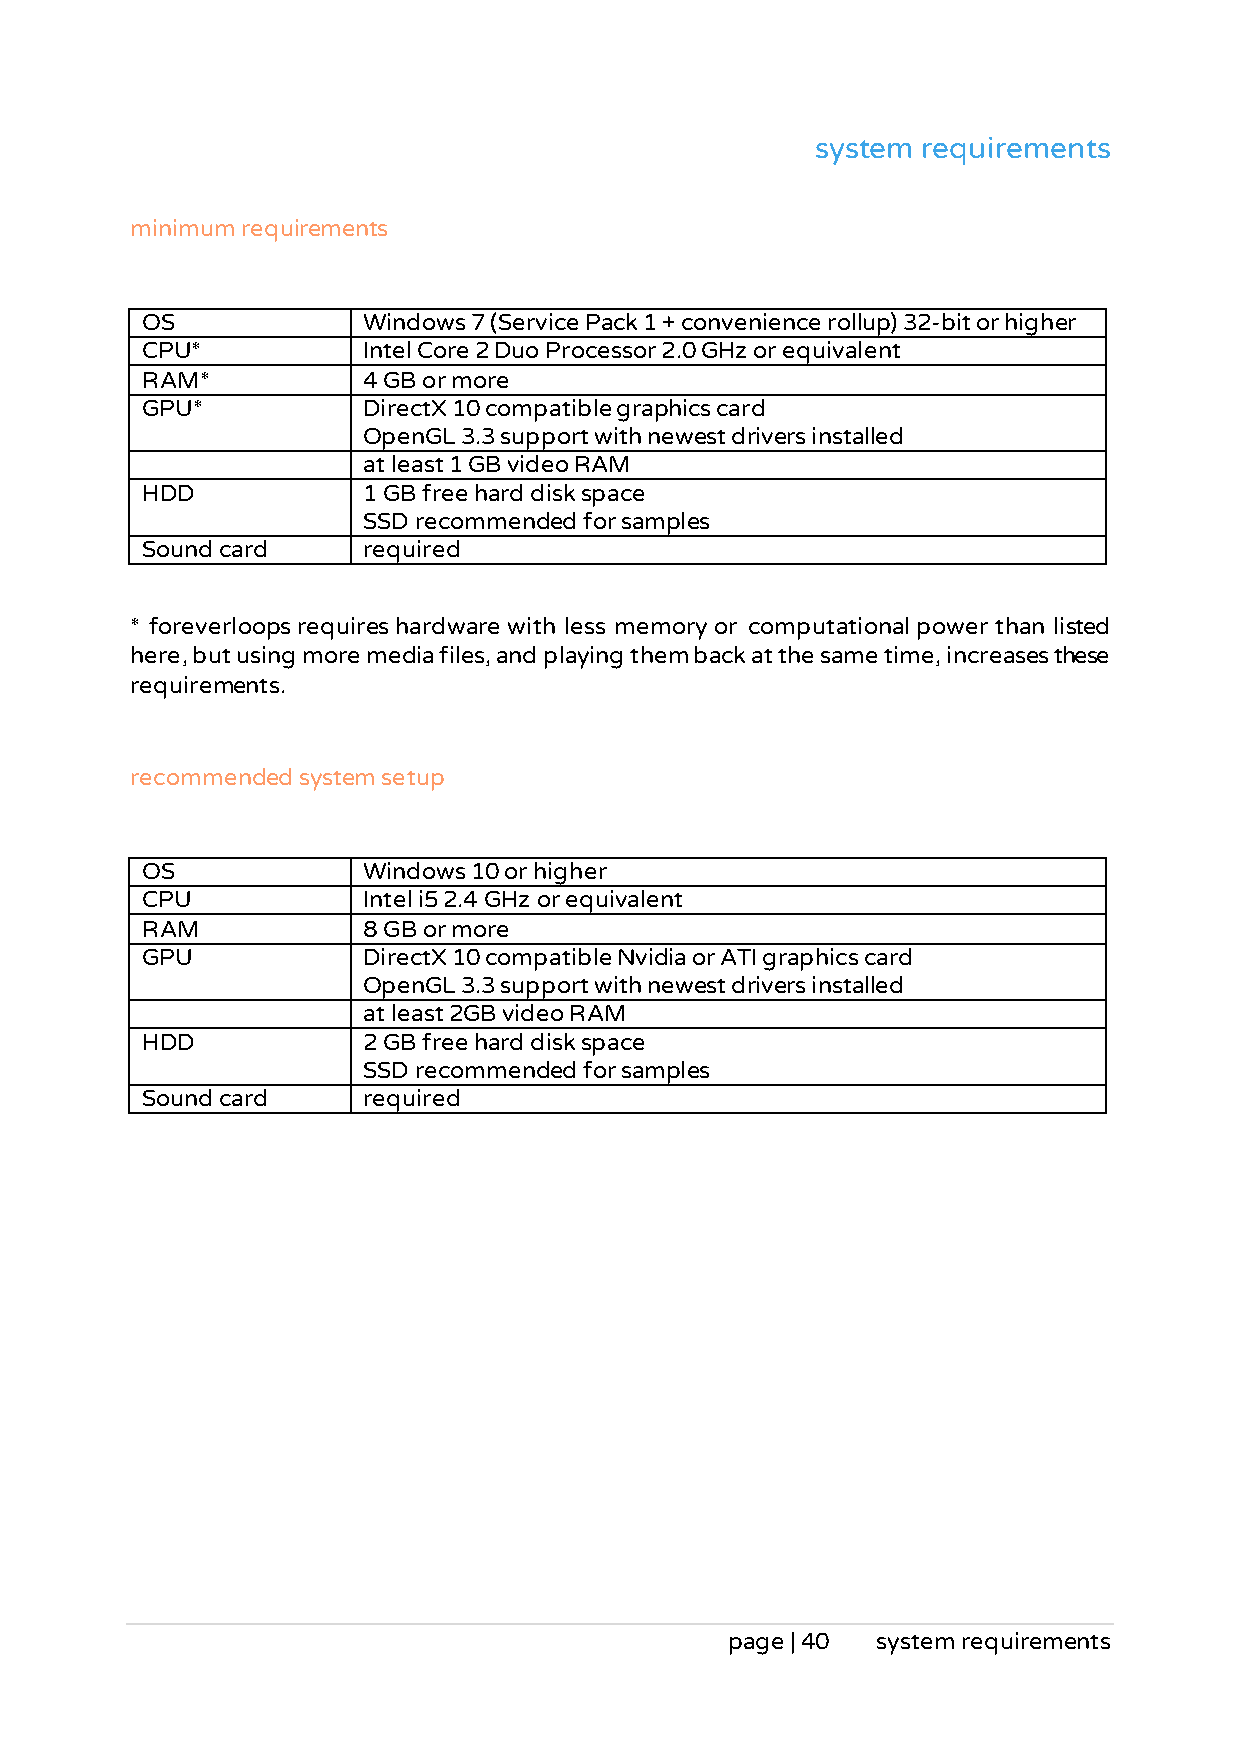
system requirements
 minimum requirements
 OS             Windows 7 (Service Pack 1 + convenience rollup) 32-bit or higher
 CPU*           Intel Core 2 Duo Processor 2.0 GHz or equivalent
 RAM*           4 GB or more
 GPU*           DirectX 10 compatible graphics card
 OpenGL 3.3 support with newest drivers installed
 at least 1 GB video RAM
 HDD            1 GB free hard disk space
 SSD recommended for samples
 Sound card     required
 * foreverloops requires hardware with less memory or computational power than listed
 here, but using more media files, and playing them back at the same time, increases these
 requirements.
 recommended system setup
 OS             Windows 10 or higher
 CPU            Intel i5 2.4 GHz or equivalent
 RAM            8 GB or more
 GPU            DirectX 10 compatible Nvidia or ATI graphics card
 OpenGL 3.3 support with newest drivers installed
 at least 2GB video RAM
 HDD            2 GB free hard disk space
 SSD recommended for samples
 Sound card     required
 page | 40 system requirements